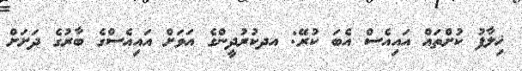
ޚިލާފު ކުށްތައް އައިއެސް އެބަ ކުރޭ: އދކުރުދީންގެ އަވަށް އައިއެސްގެ ބާރުގެ ދަށަށް